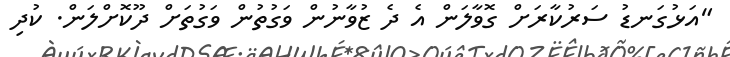
"އަޅުގަނޑު ސަރުކާރަށް ގޮވާލަން އެ ދެ ޒުވާނުން ވަގުތުން ވަގުތަށް ދޫކޮށްލަން. ކުދި